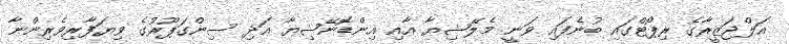
އަލްޖަޒީރާގެ ރިޕޯޓްގައި ބުނެފައި ވަނީ މެލޭޝިޔާ އާއި އިންޑޮނޭޝިޔާ އަދި ސިންގަޕޫރުގެ ވިޔަފާރިވެރިންނާ